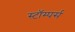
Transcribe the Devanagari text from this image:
स्टॉम्पर्स